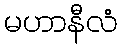
မဟာနီလံ